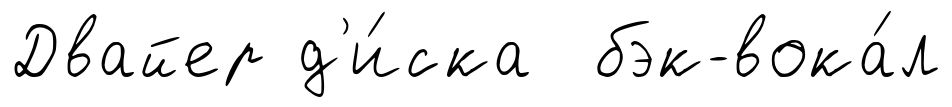
Двайер д'и́ска бэк-вока́л